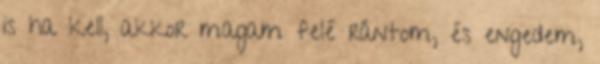
is ha kell, akkor magam felé rántom, és engedem,